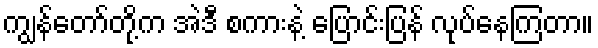
ကျွန်တော်တို့က အဲဒီ စကားနဲ့ ပြောင်းပြန် လုပ်နေကြတာ။